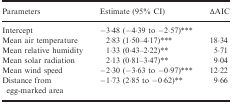
<table><thead><tr><td><b>Parameters</b></td><td><b>Estimate (95% CI)</b></td><td><b>∆AIC</b></td></tr></thead><tbody><tr><td>Intercept</td><td>−3·48 (−4·39 to −2·57)***</td><td></td></tr><tr><td>Mean air temperature</td><td>2·83 (1·50–4·17)***</td><td>18·34</td></tr><tr><td>Mean relative humidity</td><td>1·33 (0·43–2·22)**</td><td>5·71</td></tr><tr><td>Mean solar radiation</td><td>2·13 (0·81–3·47)**</td><td>9·04</td></tr><tr><td>Mean wind speed</td><td>−2·30 (−3·63 to −0·97)***</td><td>12·22</td></tr><tr><td>Distance from egg‐marked area</td><td>−1·73 (2·85 to −0·62)**</td><td>9·66</td></tr></tbody></table>